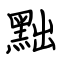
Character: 黜